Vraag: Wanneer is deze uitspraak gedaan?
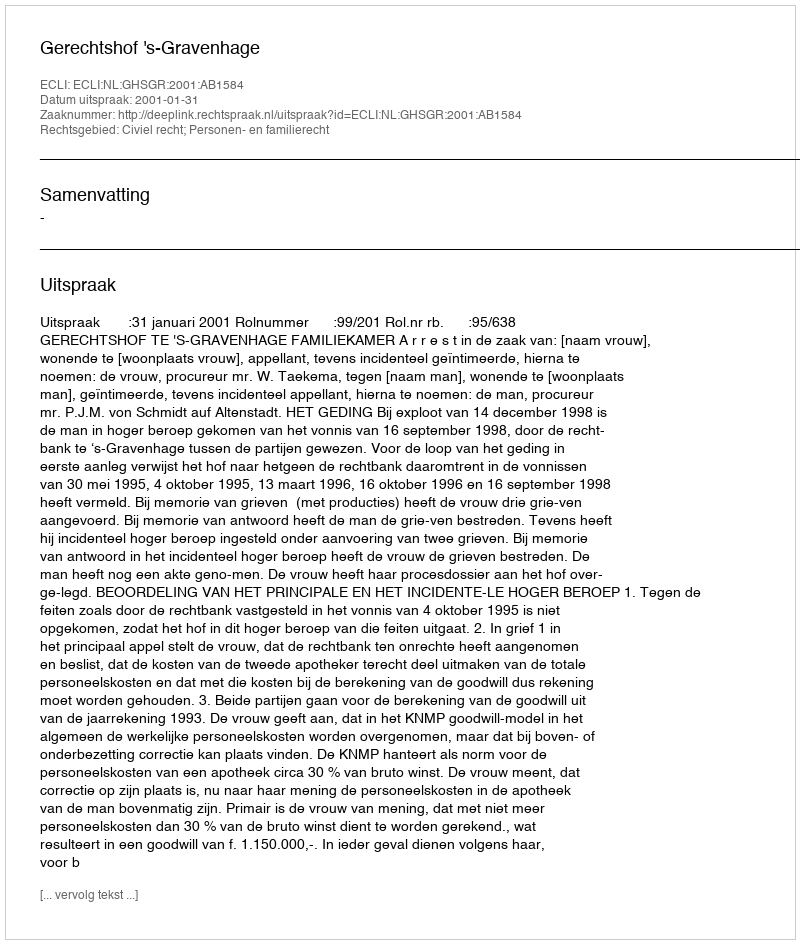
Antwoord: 2001-01-31